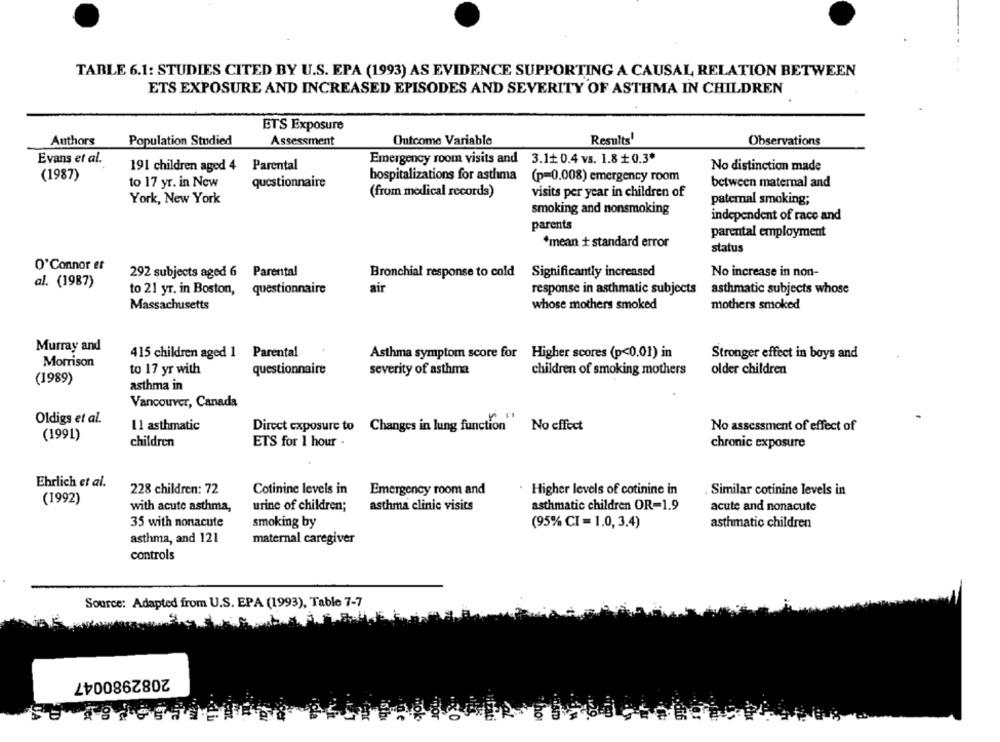
TABLE 6.1: STUDIES CITED BY U.S. EPA (1993) AS EVIDENCE SUPPORTING A CAUSAL RELATION BETWEEN
ETS EXPOSURE AND INCREASED EPISODES AND SEVERITY OF ASTHMA IN CHILDREN
ETS Exposure
Authors
Population Studied
Assessment
Outcome Variable
Results'
Observations
Evans et al.
Emergency room visits and 3.1+ 0.4 vs. 1.8 + 0.3*
191 children aged 4 Parental
No distinction made
(1987)
hospitalizations for asthma
(p=0.008) emergency room
to 17 yr. in New
questionnaire
between maternal and
(from medical records)
visits per year in children of
York, New York
paternal smoking;
smoking and nonsmoking
independent of race and
parents
parental employment
*mean + standard error
status
O'Connor er
292 subjects aged 6 Parental
Bronchial response to cold
Significantly increased
No increase in non-
al. (1987)
air
response in asthmatic subjects
asthmatic subjects whose
to 21 yr. in Boston, questionnaire
whose mothers smoked
mothers smoked
Massachusetts
Murray and
415 children aged 1 Parental
Asthma symptom score for Higher scores (p<0.01) in
Stronger effect in boys and
Morrison
to 17 yr with
questionnaire
severity of asthma
children of smoking mothers
older children
(1989)
asthma in
Vancouver, Canada
Oldigs et al.
11 asthmatic
Direct exposure to Changes in lung function No effect
No assessment of effect of
(1991)
children
ETS for 1 hour
chronic exposure
Ehrlich et al.
228 children: 72
Cotinine levels in
Emergency room and
. Higher levels of cotinine in
Similar cotinine levels in
(1992)
with acute asthma,
urine of children;
asthma clinic visits
asthmatic children OR-1.9
acute and nonacute
35 with nonacute
smoking by
(95% CI = 1.0, 3.4)
asthmatic children
asthma, and 121
maternal caregiver
controls
Source: Adapted from U.S. EPA (1993), Table 7-7
2082980047